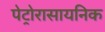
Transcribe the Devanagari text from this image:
पेट्रोरासायनिक